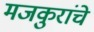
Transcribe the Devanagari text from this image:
मजकुरांचे